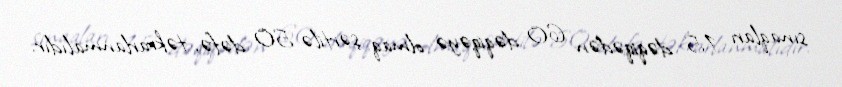
sınaqları 15 dəqiqədən 60 dəqiqəyə olmaq şərtilə 50 dəfə, təkrarlanmalıdır.